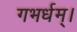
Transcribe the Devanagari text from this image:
गभर्धम्।